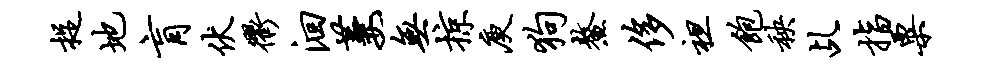
捉地肓伏衢洄萋无掠庾狗鳌侈袒饱秧乩指粟